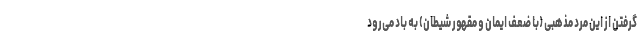
گرفتن از این مرد مذهبی (با ضعف ایمان و مقهور شیطان) به باد می‌رود